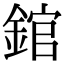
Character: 錧